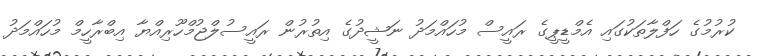
ކުރުމުގެ ހަފްލާތަކުގައި އެމްޑީޕީގެ ރައީސް މުހައްމަދު ނަޝީދުގެ އިތުރުން ރައީސުލްޖުމްހޫރިއްޔާ އިބްރާހީމް މުހައްމަދު